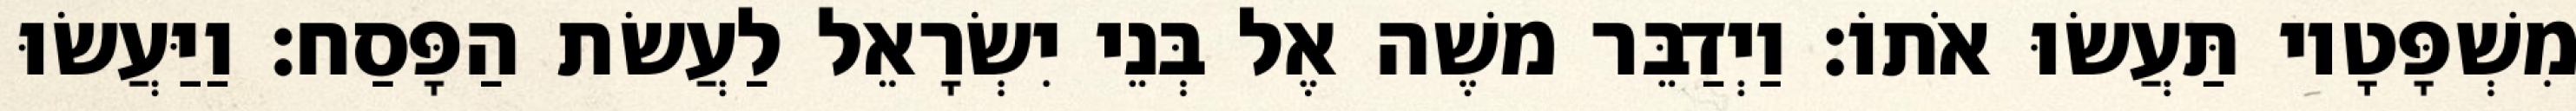
מִשְׁפָּטָיו תַּעֲשׂוּ אֹתוֹ׃ וַיְדַבֵּר משֶׁה אֶל בְּנֵי יִשְׂרָאֵל לַעֲשׂת הַפָּסַח׃ וַיַּעֲשׂוּ